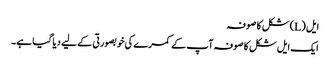
ایل (L) شکل کا صوفہ
ایک ایل شکل کا صوفہ آپ کے کمرے کی خوبصورتی کے لیے دیا گیا ہے۔